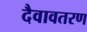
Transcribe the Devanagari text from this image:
दैवावतरण